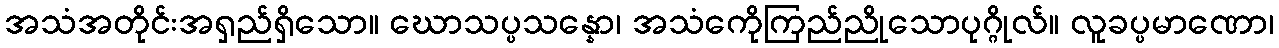
အသံအတိုင်းအရှည်ရှိသော။ ဃောသပ္ပသန္နော၊ အသံကေိုကြည်ညိုသောပုဂ္ဂိုလ်။ လူခပ္ပမာဏော၊